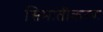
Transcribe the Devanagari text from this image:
सिमांतीकरण